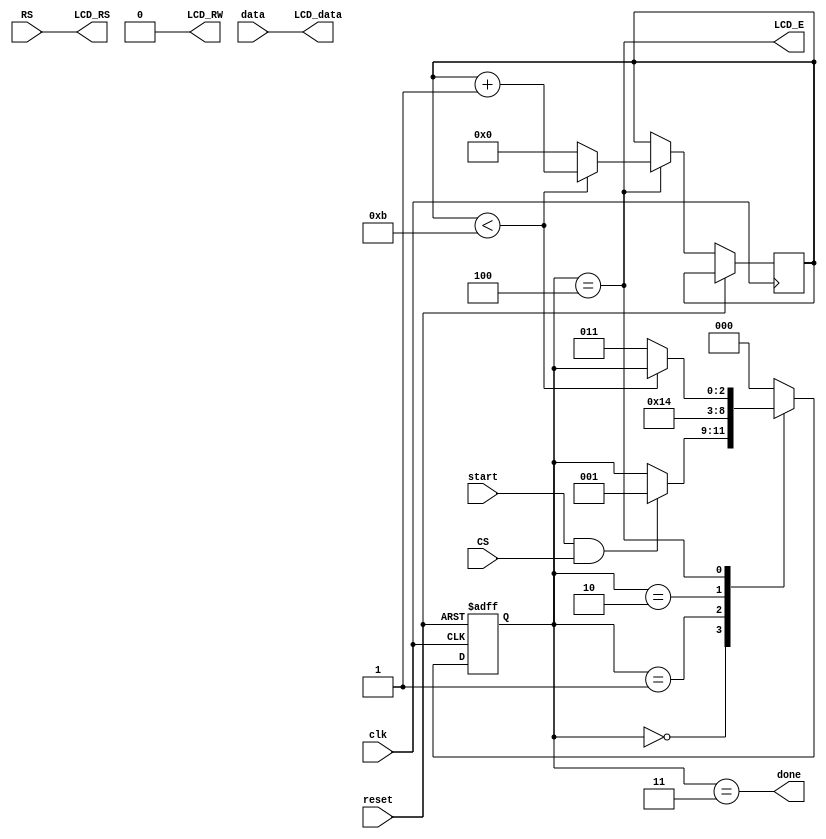
module lcd_controller(clk, reset, start, CS, RS, data, done, LCD_RS, LCD_RW, LCD_E, LCD_data);
// Host side
	input clk;				// 50MHz clock
	input reset, start;
	input CS, RS;
	input [7:0] data;
	output done;
// text LCD side	
	output LCD_RS, LCD_RW, LCD_E;
	output [7:0] LCD_data;
	
	reg [2:0] state;
	reg [3:0] count;
	localparam	S0=0, S1=1, S2=2, S3=4, S4=3;	// state
	localparam 	PW_E = 12;	// pulse width = 12 clk
	
	assign LCD_RS = RS;			// register select
	assign LCD_RW = 1'b0;		// write only
	assign LCD_data = data;		// 8-bit data output
	
	// Timing			width
	//   50MHz -> T = 20ns
	//   RS, RW to E  > 40ns 	3 clk
	//   E pulse width  > 230ns 	12 clk
	//   E to RS, RW  > 10ns	1 clk
	always @(posedge clk or posedge reset) begin
		if (reset) state <= S0;
		else
			case (state) 
			 S0: if (start & CS) state <= S1;
			 S1: state <= S2;
			 S2: state <= S3;
			 S3: if (count < PW_E-1) count <= count + 1;
			     else begin state<= S4; count <= 0; end
			 S4: state <= S0;
			 default: state <= S0;
			endcase
	end
	
	assign LCD_E = (state==S3);
	assign done = (state==S4);
endmodule